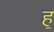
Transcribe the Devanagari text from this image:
ह॒